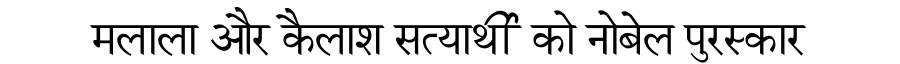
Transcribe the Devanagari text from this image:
मलाला और कैलाश सत्यार्थी को नोबेल पुरस्कार